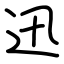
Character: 迅